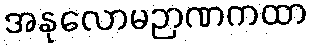
အနုလောမဉာဏကထာ